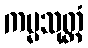
ကမ္မသုတ္တံ